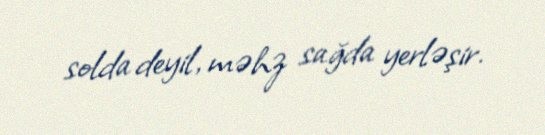
solda deyil, məhz sağda yerləşir.